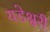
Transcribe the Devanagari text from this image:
यडेश्वरी